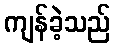
ကျန်ခဲ့သည်